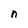
Character: n